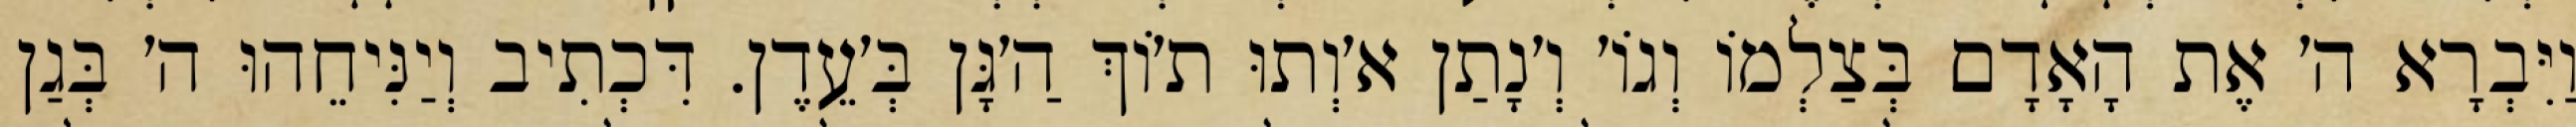
וַיִּבְרָא ה׳ אֶת הָאָדָם בְּצַלְמוֹ וְגוֹ׳ וְ׳נָתַן א׳וְתוּ ת׳וֹךְ הַ׳גָּן בְּ׳עֵדֶן. דִּכְתִיב וְיַנִּיחֵהוּ ה׳ בְּגַן